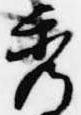
秀